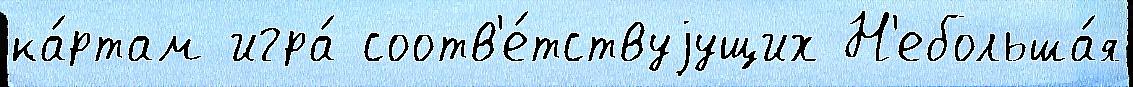
ка́ртам игра́ соотв'е́тствуjущих Н'ебольша́я